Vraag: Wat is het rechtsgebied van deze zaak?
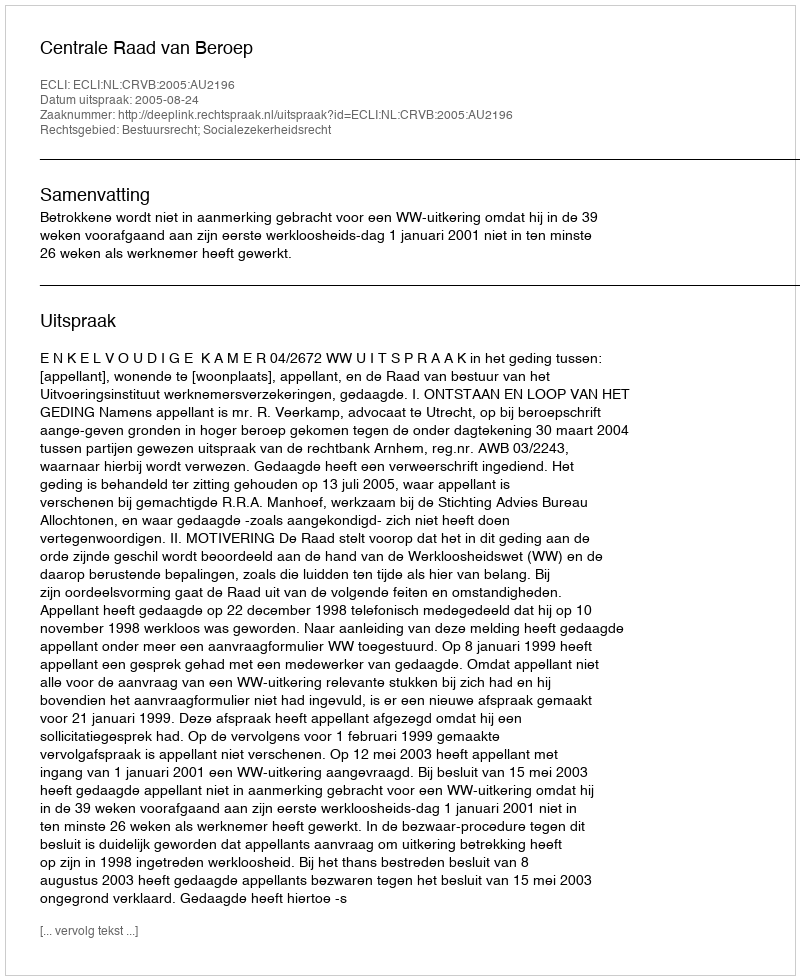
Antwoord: Bestuursrecht; Socialezekerheidsrecht